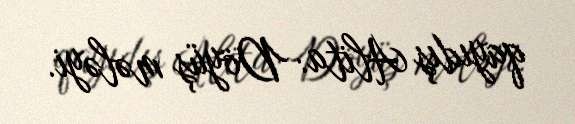
qayıdış Alita: Döyüş mələyi.